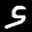
Label: 5